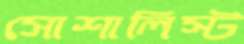
সোশালিস্ট